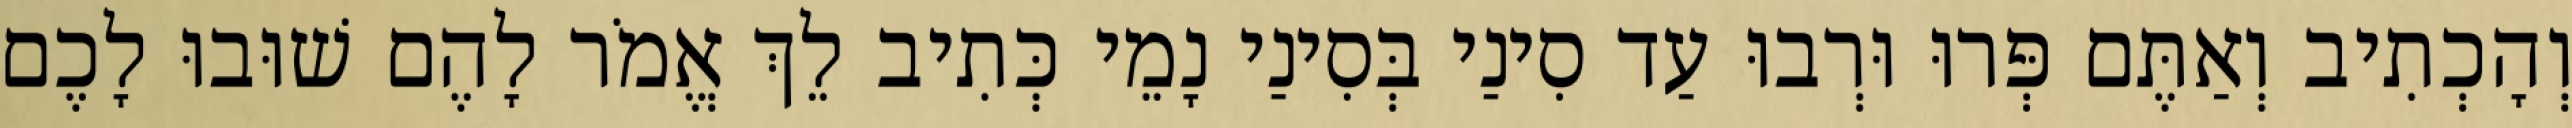
וְהָכְתִיב וְאַתֶּם פְּרוּ וּרְבוּ עַד סִינַי בְּסִינַי נָמֵי כְּתִיב לֵךְ אֱמֹר לָהֶם שׁוּבוּ לָכֶם